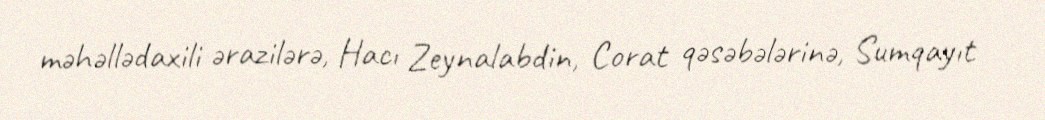
məhəllədaxili ərazilərə, Hacı Zeynalabdin, Corat qəsəbələrinə, Sumqayıt